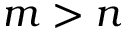
m > n